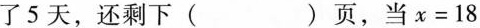
了5天，还剩下( )页，当$$x=18$$